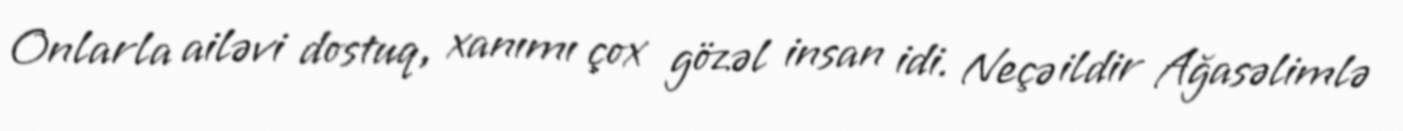
Onlarla ailəvi dostuq, xanımı çox gözəl insan idi. Neçə ildir Ağasəlimlə